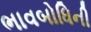
ભાવબોધિની